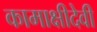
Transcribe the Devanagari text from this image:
कामाक्षीदेवी